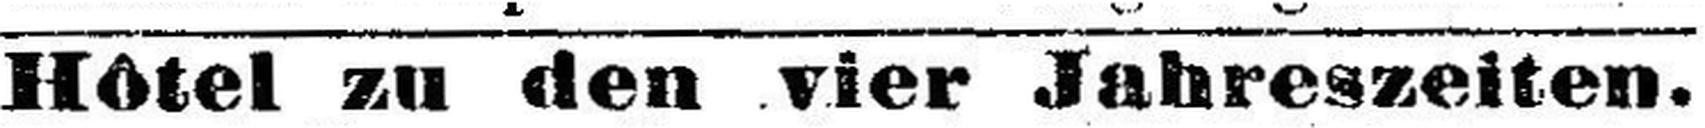
Haus 1. Ranges. Jungfernstieg u. Alsterbassin,